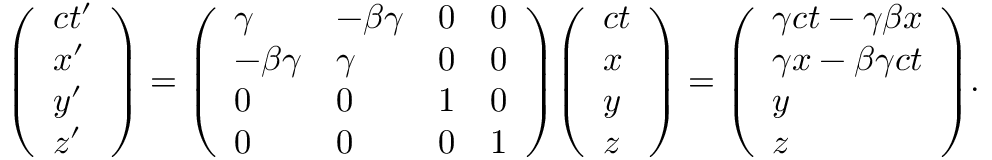
{ \left( \begin{array} { l } { c t ^ { \prime } } \\ { x ^ { \prime } } \\ { y ^ { \prime } } \\ { z ^ { \prime } } \end{array} \right) } = { \left( \begin{array} { l l l l } { \gamma } & { - \beta \gamma } & { 0 } & { 0 } \\ { - \beta \gamma } & { \gamma } & { 0 } & { 0 } \\ { 0 } & { 0 } & { 1 } & { 0 } \\ { 0 } & { 0 } & { 0 } & { 1 } \end{array} \right) } { \left( \begin{array} { l } { c t } \\ { x } \\ { y } \\ { z } \end{array} \right) } = { \left( \begin{array} { l } { \gamma c t - \gamma \beta x } \\ { \gamma x - \beta \gamma c t } \\ { y } \\ { z } \end{array} \right) } .